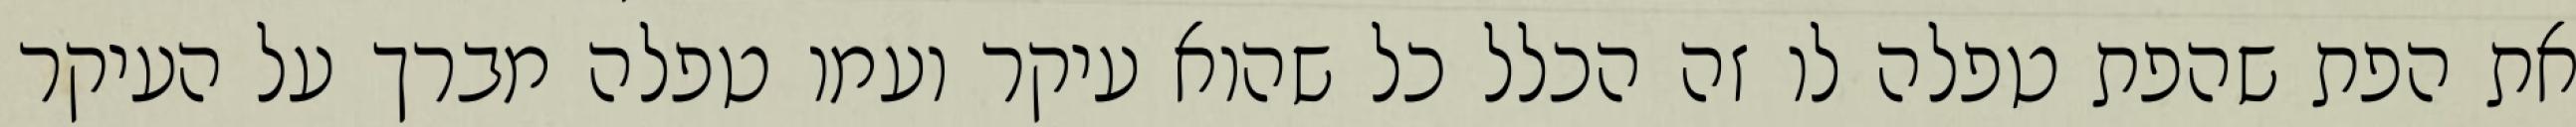
את הפת שהפת טפלה לו זה הכלל כל שהוא עיקר ועמו טפלה מברך על העיקר